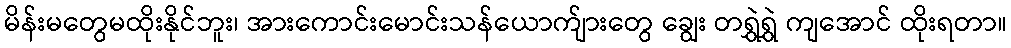
မိန်းမတွေမထိုးနိုင်ဘူး၊ အားကောင်းမောင်းသန်ယောက်ျားတွေ ချွေး တရွှဲရွှဲ ကျအောင် ထိုးရတာ။